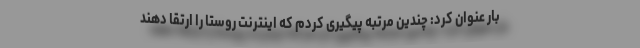
بار عنوان کرد: چندین مرتبه پیگیری کردم که اینترنت روستا را ارتقا دهند